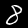
Label: 8